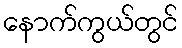
နောက်ကွယ်တွင်